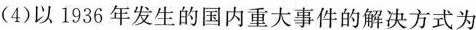
(4)以1936年发生的国内重大事件的解决方式为